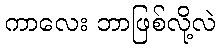
ကာလေး ဘာဖြစ်လို့လဲ